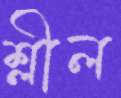
শ্লীল